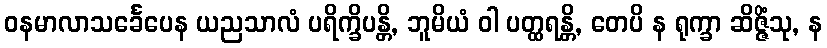
ဝနမာလာသင်္ခေပေန ယညသာလံ ပရိက္ခိပန္တိ, ဘူမိယံ ဝါ ပတ္ထရန္တိ, တေပိ န ရုက္ခာ ဆိဇ္ဇိံသု, န